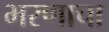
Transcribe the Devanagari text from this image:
भरणाचा